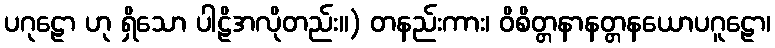
ပဂုဠော ဟု ရှိသော ပါဠိအလိုတည်း။) တနည်းကား၊ ဝိစိတ္တနာနတ္တနယောပဂူဠော၊